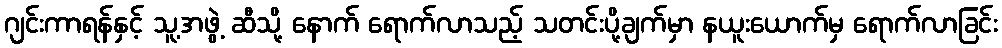
ဂျင်းကာရန်နှင့် သူ့အဖွဲ့ ဆီသို့ နောက် ရောက်လာသည့် သတင်းပို့ချက်မှာ နယူးယောက်မှ ရောက်လာခြင်း